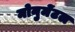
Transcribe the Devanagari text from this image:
मोनुमेंटल